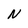
Character: N